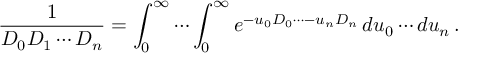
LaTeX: { \frac { 1 } { D _ { 0 } D _ { 1 } \cdots D _ { n } } } = \int _ { 0 } ^ { \infty } \cdots \int _ { 0 } ^ { \infty } e ^ { - u _ { 0 } D _ { 0 } \cdots - u _ { n } D _ { n } } \, d u _ { 0 } \cdots d u _ { n } \, .